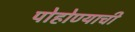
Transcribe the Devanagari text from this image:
पोहोण्याची